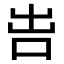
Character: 𠰕